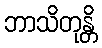
ဘာသိတုန္တိ